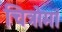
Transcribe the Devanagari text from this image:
चित्रोमां